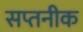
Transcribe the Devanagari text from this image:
सप्तनीक